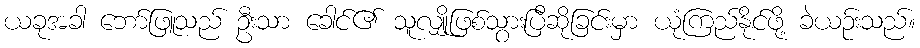
ယခုအခါ ဘော်ဖြူသည် ဦးသာ ခေါင်၏ သူလျှိုဖြစ်သွားပြီဆိုခြင်းမှာ ယုံကြည်နိုင်ဖို့ ခဲယဉ်းသည်။